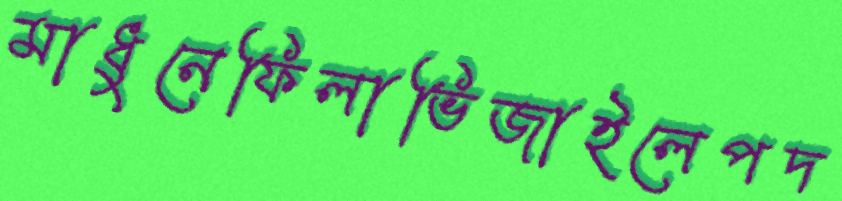
মাধুনেফিলাভিজাইলেপদ